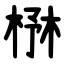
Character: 㮊